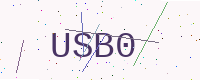
Text: USB0